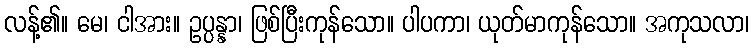
လန့်၏။ မေ၊ ငါအား။ ဥပ္ပန္နာ၊ ဖြစ်ပြီးကုန်သော။ ပါပကာ၊ ယုတ်မာကုန်သော။ အကုသလာ၊